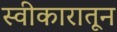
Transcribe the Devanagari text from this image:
स्वीकारातून